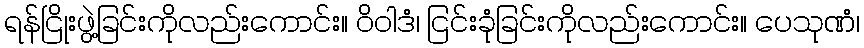
ရန်ငြိုးဖွဲ့ခြင်းကိုလည်းကောင်း။ ဝိဝါဒံ၊ ငြင်းခုံခြင်းကိုလည်းကောင်း။ ပေသုဏံ၊